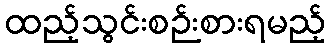
ထည့်သွင်းစဉ်းစားရမည့်